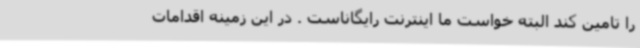
را تامین کند البته خواست ما اینترنت رایگاناست . در این زمینه اقدامات